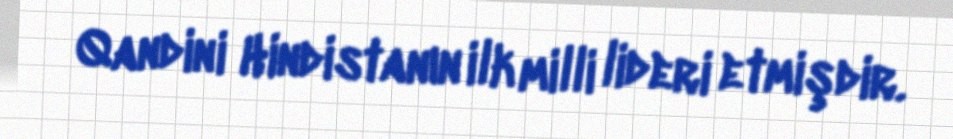
Qandini Hindistanın ilk milli lideri etmişdir.